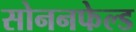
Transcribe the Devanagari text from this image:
सोननफेल्ड